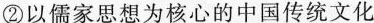
②以儒家思 想为核心的中国传统文化